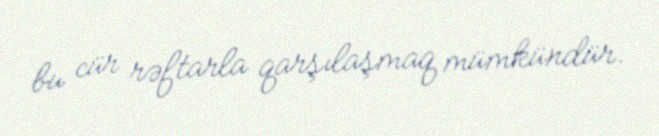
bu cür rəftarla qarşılaşmaq mümkündür.